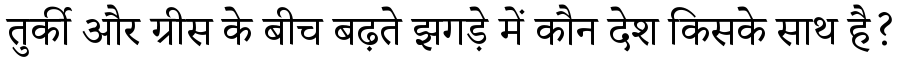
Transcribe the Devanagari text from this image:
तुर्की और ग्रीस के बीच बढ़ते झगड़े में कौन देश किसके साथ है?